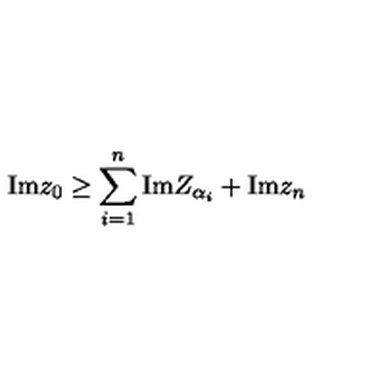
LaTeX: \mathrm { I m } z _ { 0 } \geq \sum _ { i = 1 } ^ { n } \mathrm { I m } Z _ { \alpha _ { i } } + \mathrm { I m } z _ { n }